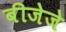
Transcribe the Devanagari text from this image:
बीजेजे